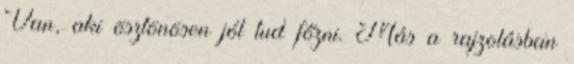
Van, aki ösztönösen jól tud főzni. Más a rajzolásban